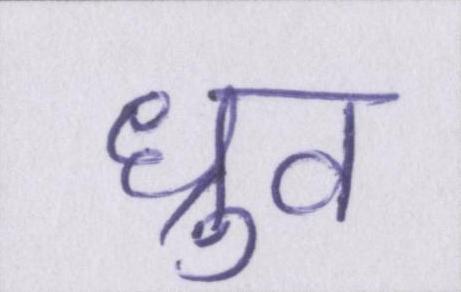
ध्रुव